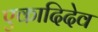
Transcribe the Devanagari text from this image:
एकादिदेव